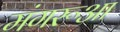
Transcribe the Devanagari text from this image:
मंगरूआ